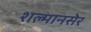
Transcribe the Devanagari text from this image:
शल्मानसेर